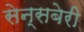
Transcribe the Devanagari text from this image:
सेन्सबेरी